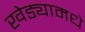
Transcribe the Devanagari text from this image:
खेड्यामधे